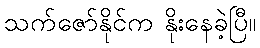
သက်ဇော်နိုင်က နိုးနေခဲ့ပြီ။